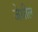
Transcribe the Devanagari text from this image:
जेथील